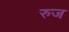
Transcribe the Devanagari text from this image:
रुज